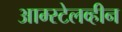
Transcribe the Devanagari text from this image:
आम्स्टेलव्हीन